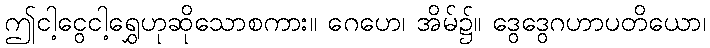
ဤငါ့ငွေငါ့ရွှေဟုဆိုသောစကား။ ဂေဟေ၊ အိမ်၌။ ဒွေဒွေဂဟာပတိယော၊